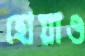
হোয়াও